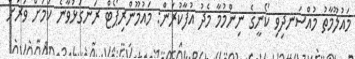
މައުލޫމާތު މުއްސަނދިވި ކޯނީގެ ނިންމުމާ މެދު އުފާކުރަން: މައުމޫންރިޕޯޓް ރަނގަޅުވާނެ ކަމަށް ވަރަށް